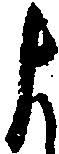
よ